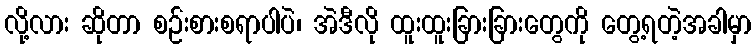
လို့လား ဆိုတာ စဉ်းစားစရာပါပဲ၊ အဲဒီလို ထူးထူးခြားခြားတွေကို တွေ့ရတဲ့အခါမှာ